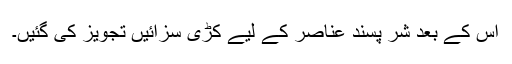
اس کے بعد شر پسند عناصر کے لیے کڑی سزائیں تجویز کی گئیں۔